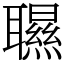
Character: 䏉